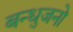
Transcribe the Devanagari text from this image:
बन्धुजनो